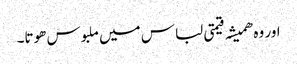
اور وہ ھمیشہ قیمتی لباس میں ملبوس ھوتا۔